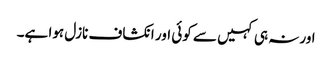
اورنہ ہی کہیں سے کوئی اور انکشاف نازل ہوا ہے۔